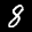
Label: 8